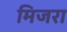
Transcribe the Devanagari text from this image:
मिजरा